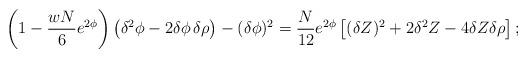
LaTeX: \begin{align*}\left( 1 - \frac{wN}{6} e^{2\phi} \right) \left( \delta^2 \phi - 2 \delta\phi\,\delta\rho \right) -(\delta\phi)^2= \frac{N}{12} e^{2\phi} \left[ (\delta Z)^2 + 2 \delta^2 Z - 4 \delta Z \delta\rho \right];\end{align*}